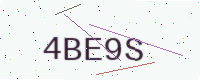
Text: 4BE9S